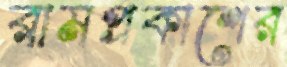
রামপ্রকাশের